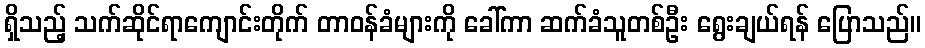
ရှိသည့် သက်ဆိုင်ရာကျောင်းတိုက် တာဝန်ခံများကို ခေါ်ကာ ဆက်ခံသူတစ်ဦး ရွေးချယ်ရန် ပြောသည်။